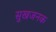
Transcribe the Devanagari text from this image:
सुखजनक